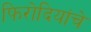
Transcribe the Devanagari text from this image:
फिरोदियांचे